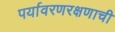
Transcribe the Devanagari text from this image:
पर्यावरणरक्षणाची